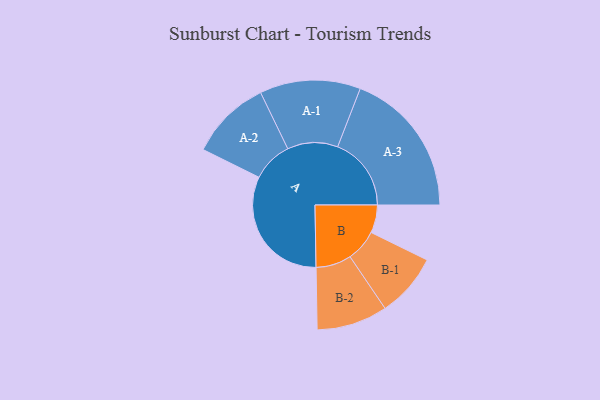
{"axis": {"x": "Segment", "y": "Value"}, "legend": ["", "A", "B"], "data": [{"x": "A", "y": 481, "type": ""}, {"x": "B", "y": 107, "type": ""}, {"x": "A-1", "y": 193, "type": "A"}, {"x": "A-2", "y": 155, "type": "A"}, {"x": "A-3", "y": 282, "type": "A"}, {"x": "B-1", "y": 122, "type": "B"}, {"x": "B-2", "y": 136, "type": "B"}]}